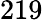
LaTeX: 219